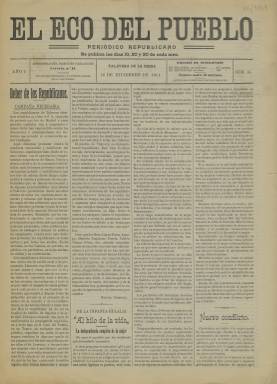
Título: El Eco del pueblo (Talavera de la Reina)
Colección: Periódicos
Ámbito geográfico: Toledo
Lugar de publicación: Talavera de la Reina [Toledo]
Fechas: 10/12/1911-10/12/1911